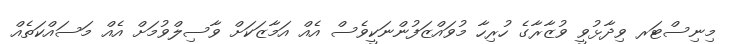
މިނިސްޓަރ ވިދާޅުވީ ވުޒާރާގެ ހުރިހާ މުވައްޒަފުންނަކީވެސް އެއް އަމާޒަކަށް ވާސިލްވުމަށް އެއް މަސައްކަތެއް